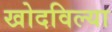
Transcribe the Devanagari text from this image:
खोदविल्या